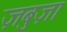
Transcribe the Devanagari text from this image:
ज़बुज़ा